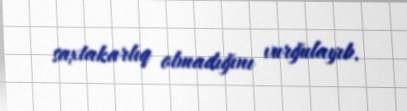
saxtakarlıq olmadığını vurğulayıb.